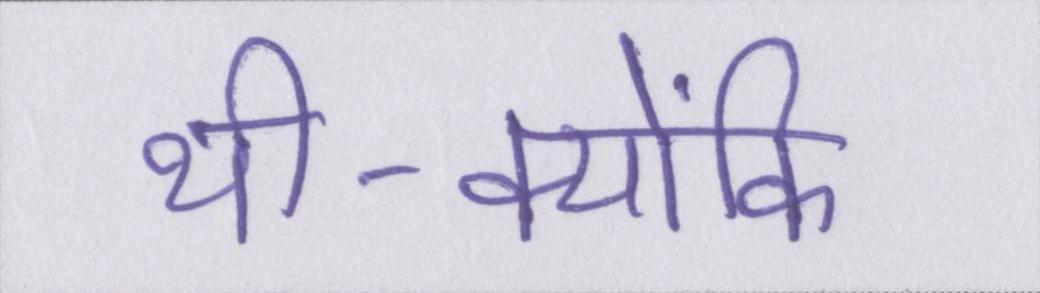
थी-क्योंकि